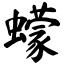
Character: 蠓